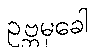
ဥဗ္ဘမုခေါ